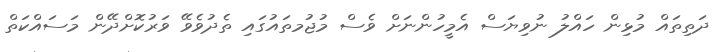
ދަތިތައް މުޅިން ހައްލު ނުވިޔަސް އެމީހުންނަށް ވެސް މުޖުމތައުގައި ތެދުވެވޭ ވަރުކޮށްދޭން މަސައްކަތް